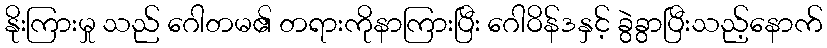
နိုးကြားမှု သည် ဂေါတမ၏ တရားကိုနာကြားပြီး ဂေါဝိန်ဒနှင့် ခွဲခွာပြီးသည့်နောက်